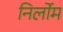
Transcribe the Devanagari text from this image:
निर्लोम